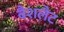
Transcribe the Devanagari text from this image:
बैशलैट